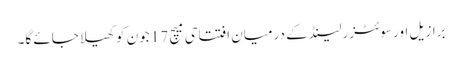
برازیل اور سوئٹزرلینڈ کے درمیان افتتاحی میچ 17 جون کو کھیلا جائے گا۔